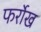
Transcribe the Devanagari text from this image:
फर्रोख